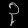
Digit: ၃